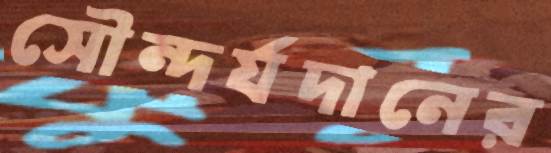
সৌন্দর্যদানের